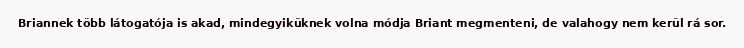
Briannek több látogatója is akad, mindegyiküknek volna módja Briant megmenteni, de valahogy nem kerül rá sor.